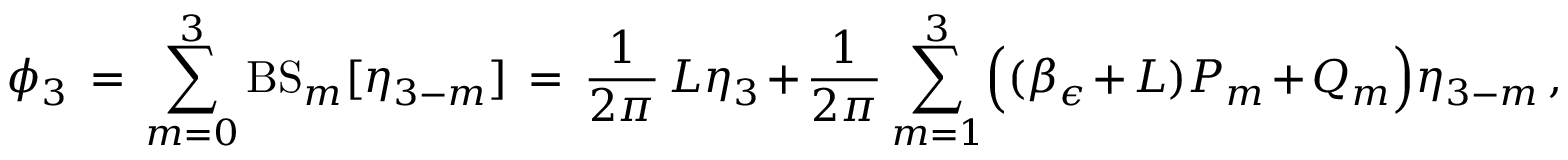
\phi _ { 3 } \, = \, \sum _ { m = 0 } ^ { 3 } \mathrm { B S } _ { m } [ \eta _ { 3 - m } ] \, = \, \frac { 1 } { 2 \pi } \, L \eta _ { 3 } + \frac { 1 } { 2 \pi } \sum _ { m = 1 } ^ { 3 } \Bigl ( ( \beta _ { \epsilon } + L ) P _ { m } + Q _ { m } \Bigr ) \eta _ { 3 - m } \, ,